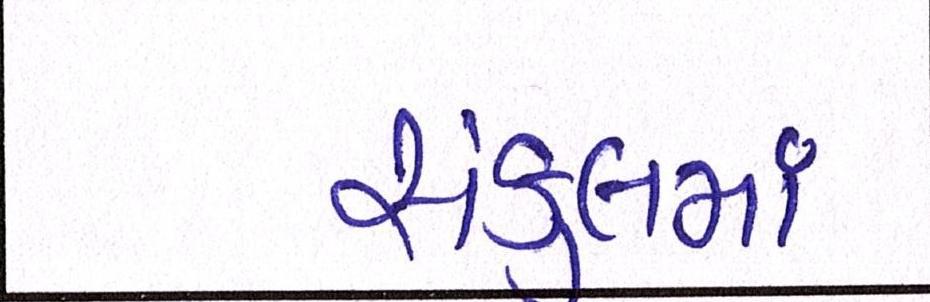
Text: સંકુલમાં